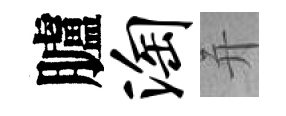
臚淘并